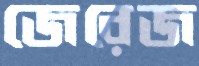
জেরেজ